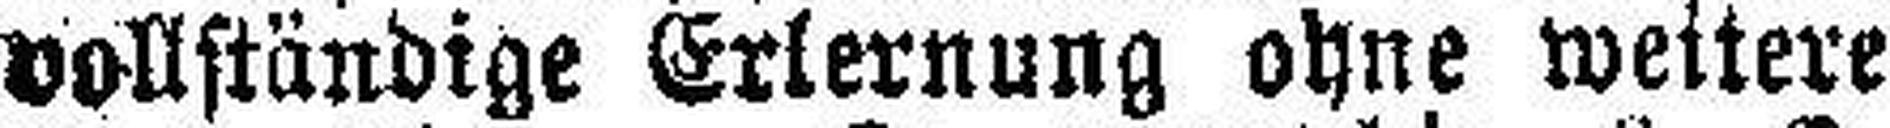
vollständige Erlernung ohne weitere